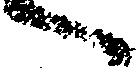
へ